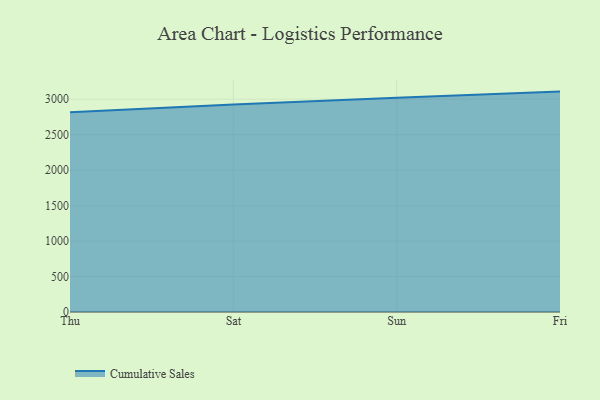
{"axis": {"x": "Day", "y": "Website Visitors"}, "legend": ["Cumulative Sales"], "data": [{"x": "Thu", "y": 2816.8, "type": "Cumulative Sales"}, {"x": "Sat", "y": 2925.6, "type": "Cumulative Sales"}, {"x": "Sun", "y": 3018.8, "type": "Cumulative Sales"}, {"x": "Fri", "y": 3107.1, "type": "Cumulative Sales"}]}